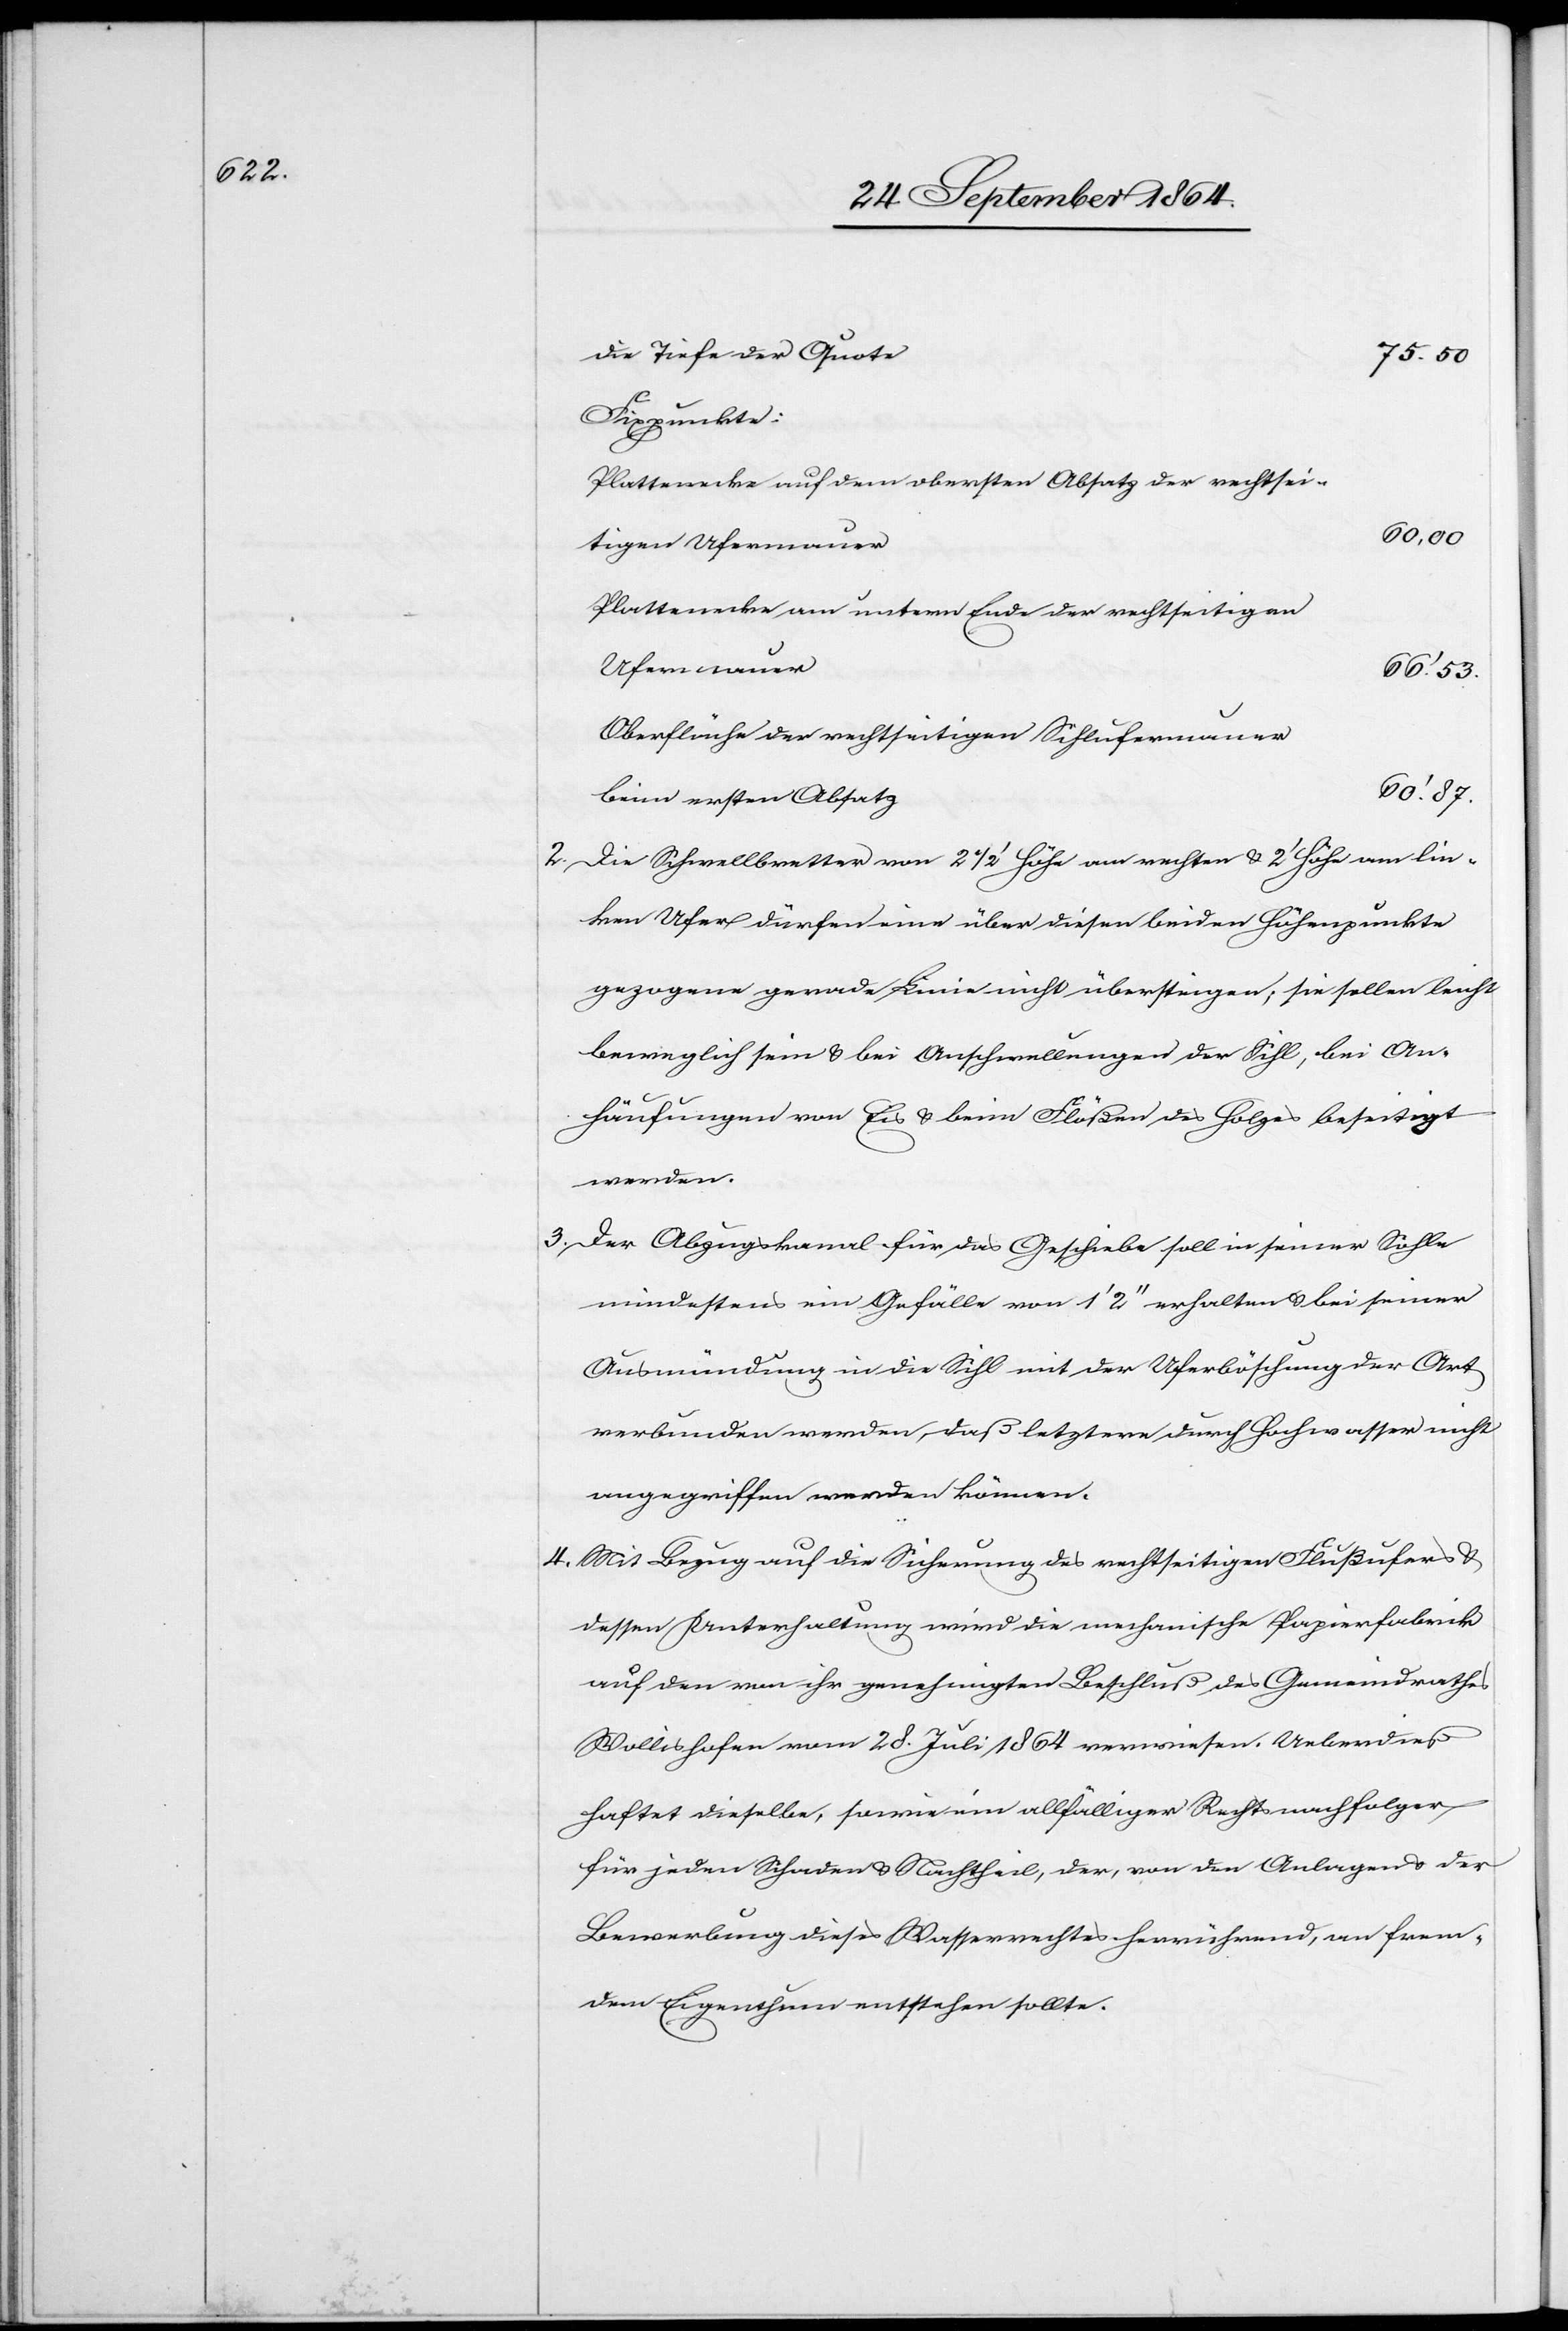
die Tiefe der Quote
75.50
Fixpunkte:
Plattenecke auf dem obersten Absatz der rechtsei¬
60.00
tigen Ufermauer
Plattenecke am untern Ende der rechtseitigen
Ufermauer
66’.53.
Oberfläche der rechtseitigen Sihlufermauer
60’.87
beim ersten Absatz
2)	Die Schwellbretter von 2 1/2’ Höhe am rechten & 2’ Höhe am lin¬
ken Ufer dürfen eine über diesen [sic!] beiden Höhenpunkte
gezogene gerade Linie nicht übersteigen; sie sollen leicht
beweglich sein & bei Anschwellungen der Sihl, bei An¬
häufungen von Eis & beim Flößen des Holzes beseitigt
werden.
3)	Der Abzugskanal für das Geschiebe soll in seiner Sohle
mindestens ein Gefälle von 1’ 2’’ erhalten & bei seiner
Ausmündung in die Sihl mit der Uferböschung der Art
verbunden werden, daß letztere durch Hochwasser nicht
angegriffen werden können
4)	Mit Bezug auf die Sicherung des rechtseitigen Flußufers &
dessen Unterhaltung wird die mechanische Papierfabrik
auf den von ihr genehmigten Beschluß des Gemeindrathes
Wollishofen vom 28. Juli 1864 verwiesen. Ueberdieß
haftet dieselbe, sowie ein allfälliger Rechtsnachfolger
für jeden Schaden & Nachtheil, der, von den Anlagen & der
Bewerbung dieses Wasserrechtes herrührend, an frem¬
dem Eigenthum entstehen sollte.